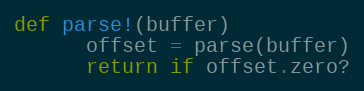
Language: Ruby
def parse!(buffer)
      offset = parse(buffer)
      return if offset.zero?